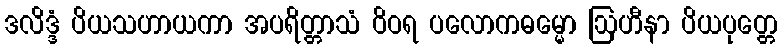
ဒလိဒ္ဒံ ပိယသဟာယကာ အပရိတ္တာသံ ဝိဝရ ပလောကဓမ္မော ဩဟီနာ ပိယပုတ္တေ